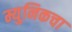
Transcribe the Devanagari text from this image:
म्युनिकचा